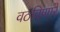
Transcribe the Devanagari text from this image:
वठविणारे